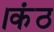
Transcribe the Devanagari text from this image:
।कंठ